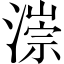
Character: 漴